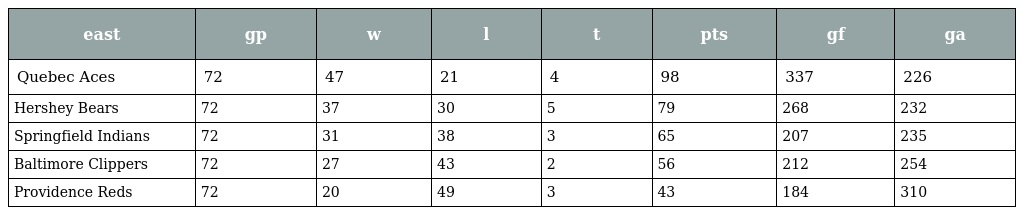
| east | gp | w | l | t | pts | gf | ga |
 | --- | --- | --- | --- | --- | --- | --- | --- |
 | Quebec Aces | 72 | 47 | 21 | 4 | 98 | 337 | 226 |
 | Hershey Bears | 72 | 37 | 30 | 5 | 79 | 268 | 232 |
 | Springfield Indians | 72 | 31 | 38 | 3 | 65 | 207 | 235 |
 | Baltimore Clippers | 72 | 27 | 43 | 2 | 56 | 212 | 254 |
 | Providence Reds | 72 | 20 | 49 | 3 | 43 | 184 | 310 |